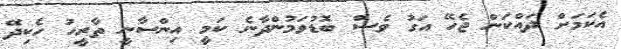
އެކަމަށް ދައްކަން ޖެހޭ އަގު ވެސް ބޮޑުވަމުންދާނެ ކަމީ އިންސާނީ ތާރީހު ހެކިދޭ